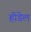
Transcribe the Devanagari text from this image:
हीडेल